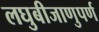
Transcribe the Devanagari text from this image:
लघुबीजाणुपर्ण